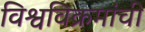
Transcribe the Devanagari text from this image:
विश्वविक्रमांची